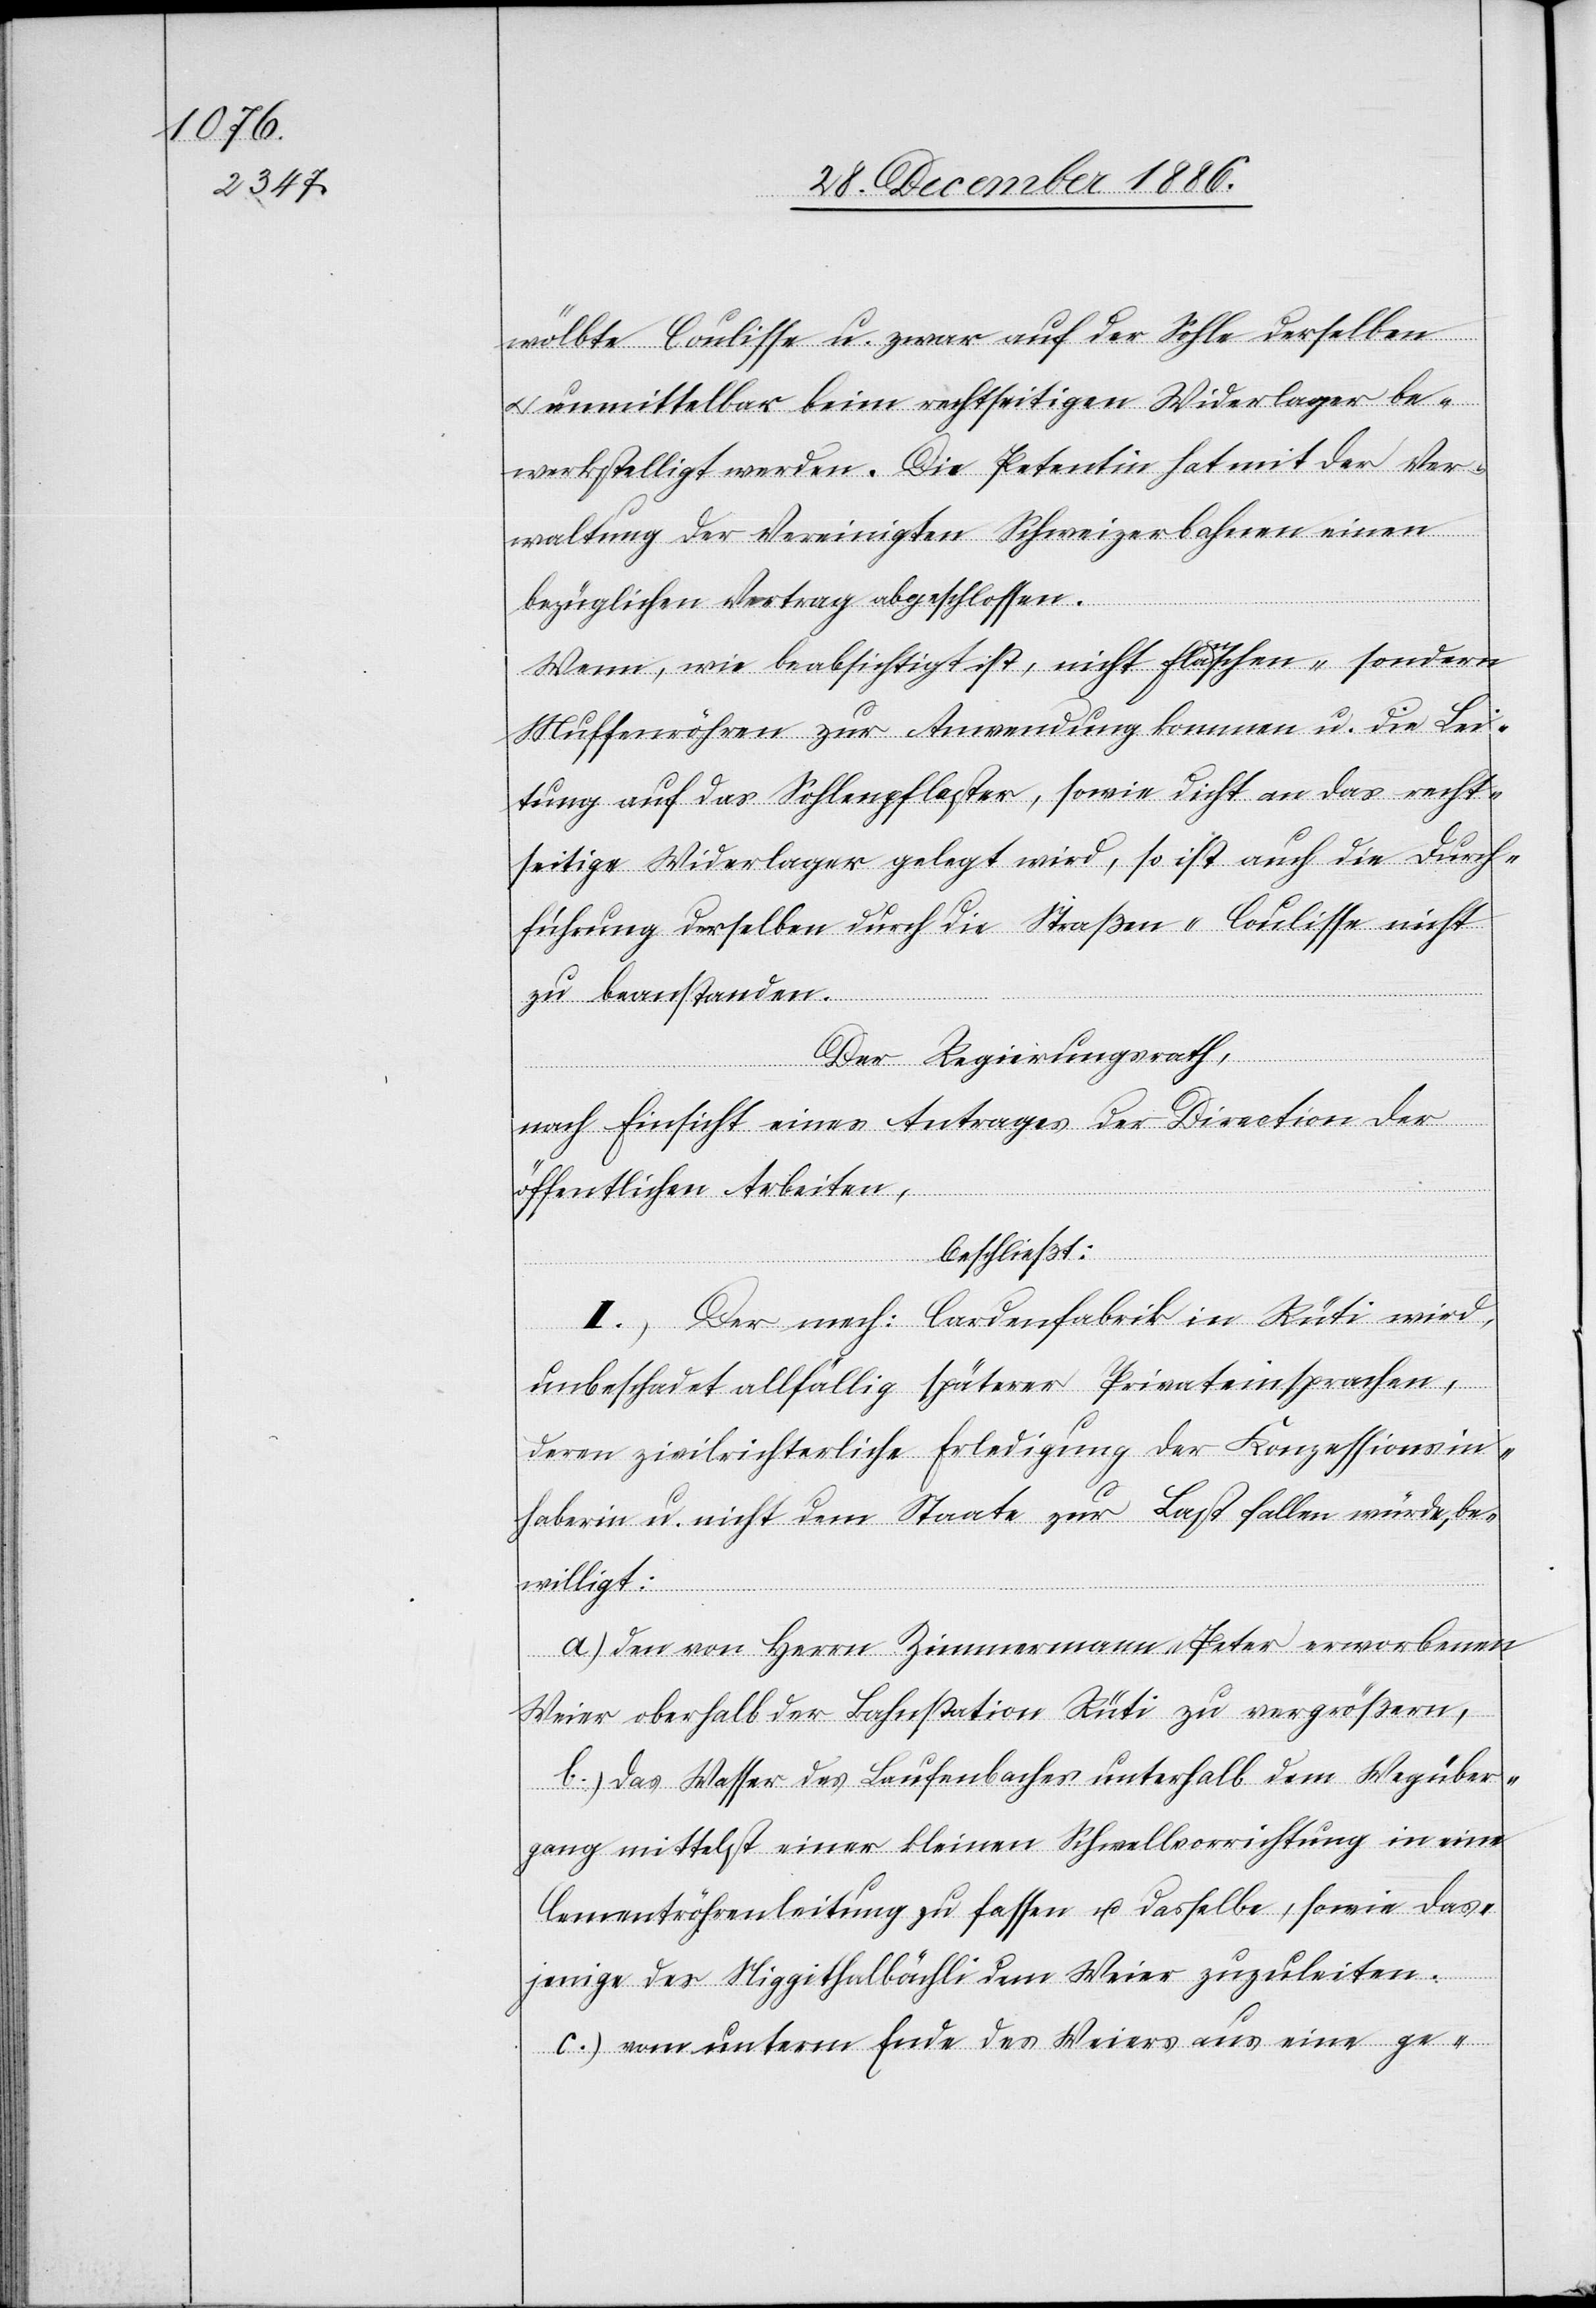
wölbte Coulisse u. zwar auf der Sohle derselben
& unmittelbar beim rechtseitigen Widerlager be¬
werkstelligt werden. Die Petentin hat mit der Ver¬
waltung der Vereinigten Schweizerbahnen einen
bezüglichen Vertrag abgeschlossen.
Wenn, wie beabsichtigt ist, nicht Flanschen- sondern
Muffenröhren zur Anwendung kommen u. die Lei¬
tung auf das Sohlenpflaster, sowie dicht an das recht¬
seitige Widerlager gelegt wird, so ist auch die Durch¬
führung derselben durch die Straßen-Coulisse nicht
zu beanstanden.
Der Regierungsrath,
nach Einsicht eines Antrages der Direction der
öffentlichen Arbeiten,
beschließt:
I.) Der mech: Cardenfabrik in Rüti wird,
unbeschadet allfällig späterer Privateinsprachen,
deren zivilrichterliche Erledigung der Konzessionsin¬
haberin u. nicht dem Staate zur Last fallen würde, be¬
willigt:
a.) den von Herrn Zimmermann & Peter erworbenen
Weier oberhalb der Bahnstation Rüti zu vergrößern,
b.) das Wasser des Laufenbaches unterhalb dem Wegüber¬
gang mittelst einer kleinen Schwellvorrichtung in eine
Cementröhrenleitung zu fassen u. dasselbe, sowie das¬
jenige des Niggithalbächli dem Weier zuzuleiten.
c.) vom unterm [sic!] Ende des Weiers aus eine ge-